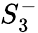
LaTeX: S_{3}^{-}